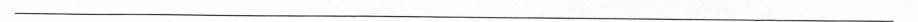
___